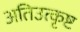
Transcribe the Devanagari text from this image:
अतिउत्कृष्ट